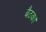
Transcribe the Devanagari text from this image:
बैठक।